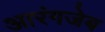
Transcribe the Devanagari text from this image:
आरंगजेब